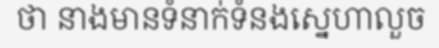
ថា នាងមានទំនាក់ទំនងស្នេហាលួច